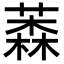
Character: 𦼚